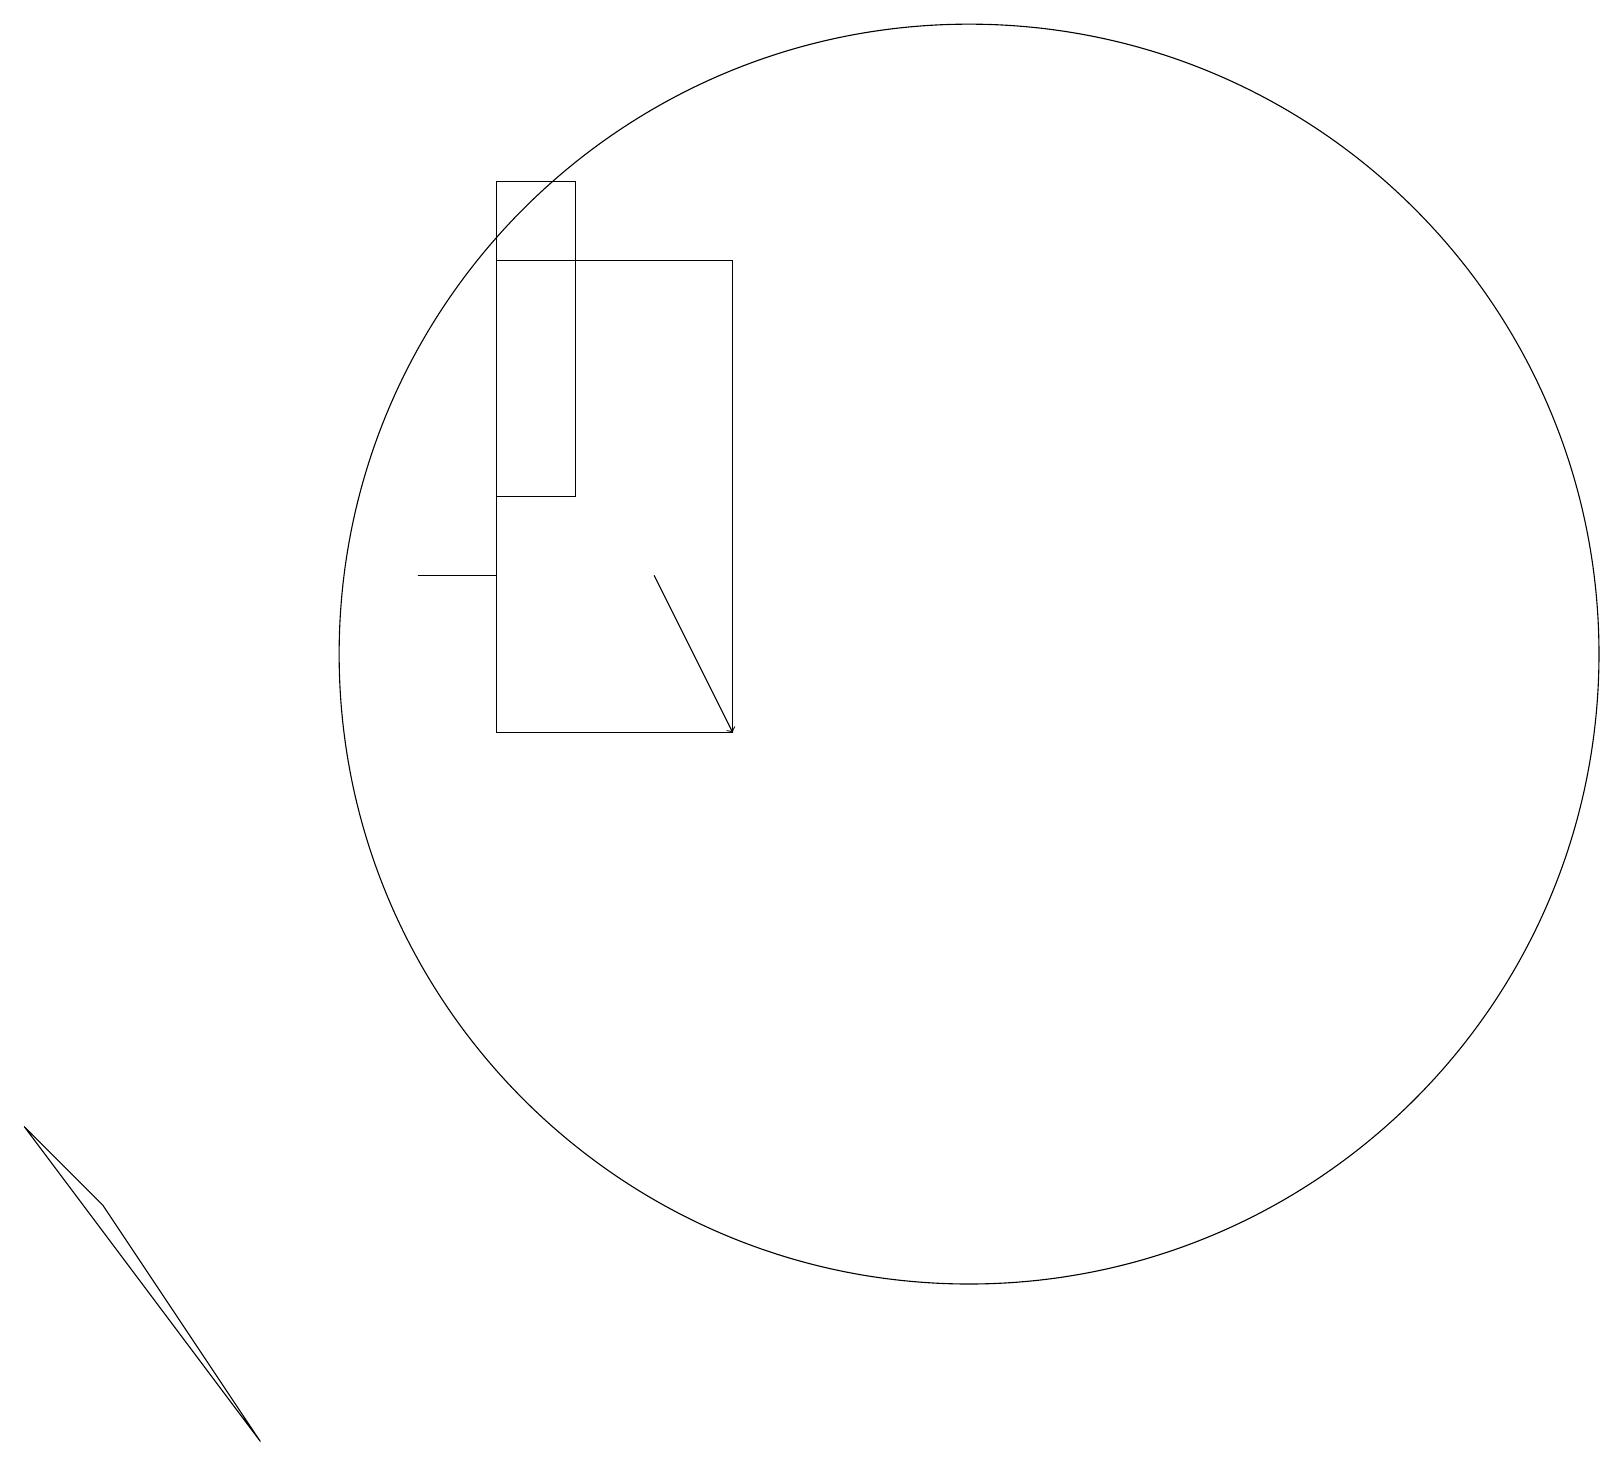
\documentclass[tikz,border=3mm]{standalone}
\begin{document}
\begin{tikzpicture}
\draw (12,11) circle (8);
\draw[->] (8,12) -- (9,10);
\draw (6,10) rectangle (9,16);
\draw (3,1) -- (1,4) -- (0,5) -- cycle;
\draw (6,13) rectangle (7,17);
\draw (5,12) rectangle (6,12);
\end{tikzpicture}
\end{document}